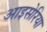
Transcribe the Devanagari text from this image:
आइसेरिया